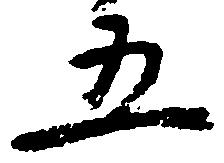
五